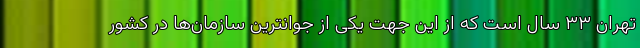
تهران ٣٣ سال است که از این جهت یکی از جوانترین سازمان‌ها در کشور